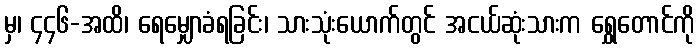
မှ၊ ၄၄၆-အထိ၊ ရေမျှောခံရခြင်း၊ သားသုံးယောက်တွင် အငယ်ဆုံးသားက ရွှေတောင်ကို